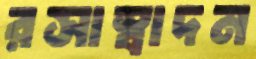
রসাস্বাদন